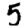
Digit: 5